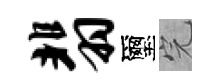
翡璽完